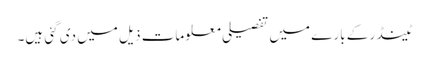
ٹینڈر کے بارے میں تفصیلی معلومات ذیل میں دی گئی ہیں۔